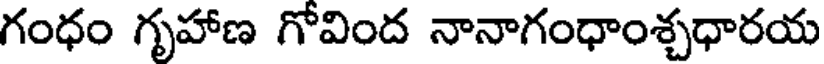
గంధం గృహాణ గోవింద నానాగంధాంశ్చధారయ